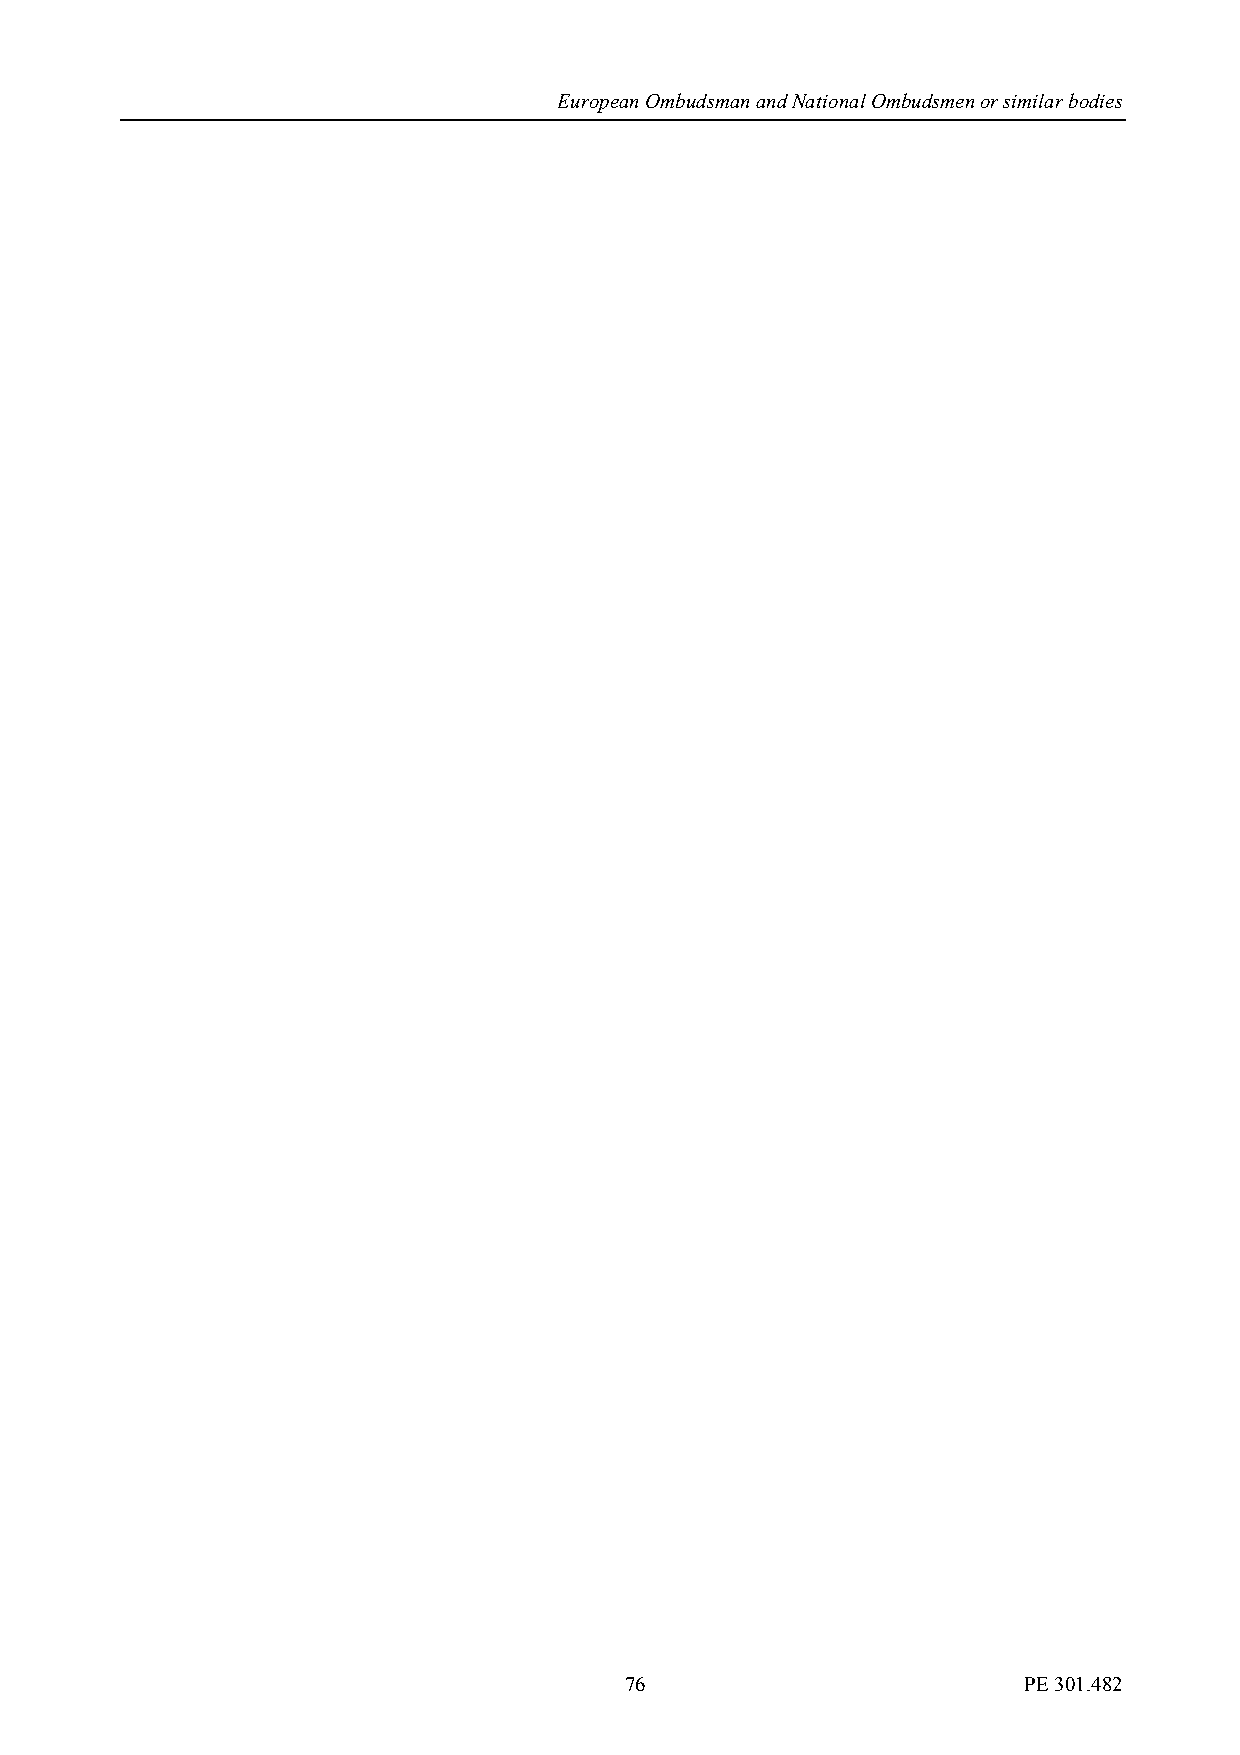
European Ombudsman and National Ombudsmen or similar bodies
 76                         PE 301.482